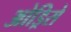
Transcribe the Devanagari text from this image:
ओड्रिसे